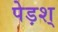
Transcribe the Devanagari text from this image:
पेड़श्